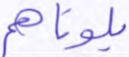
بلوناهم